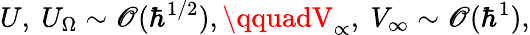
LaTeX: U,\ U_{\Omega}\sim\mathscr{O}(\hbar^{1/2}),\qquadV_{\propto},\ V_{\infty}\sim\mathscr{O}(\hbar^{1}),